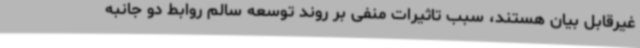
غیرقابل بیان هستند، سبب تاثیرات منفی بر روند توسعه سالم روابط دو جانبه